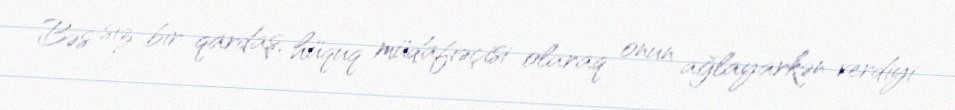
Bəs siz bir qardaş, hüquq müdafiəçisi olaraq onun ağlayarkən verdiyi